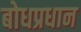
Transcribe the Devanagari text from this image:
बोधप्रधान